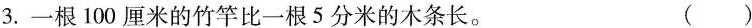
3.一根100厘米的竹竿比一根5分米的木条长。（ ）